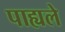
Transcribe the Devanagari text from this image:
पाह्यले